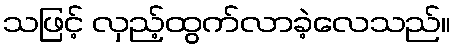
သဖြင့် လှည့်ထွက်လာခဲ့လေသည်။